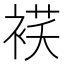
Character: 𰴁